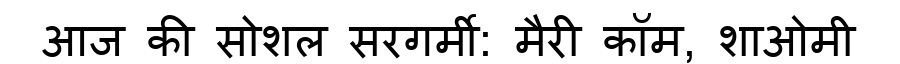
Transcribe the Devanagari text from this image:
आज की सोशल सरगर्मी: मैरी कॉम, शाओमी